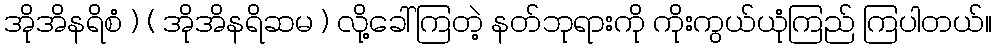
အိုအိနရိစံ ) ( အိုအိနရိဆမ ) လို့ခေါ်ကြတဲ့ နတ်ဘုရားကို ကိုးကွယ်ယုံကြည် ကြပါတယ်။